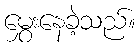
မွှေးနေခဲ့သည်။